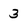
Character: 3